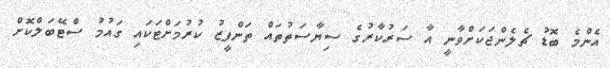
އެންމެ ބޮޑު ޗެލެންޖަކަށްވާނީ އާ ސަރުކާރުގެ ސިޔާސަތުތައް ތަންފީޒު ކުރުމަށްޓަކައި ގައުމު ސްޓޭބަލްކޮށް